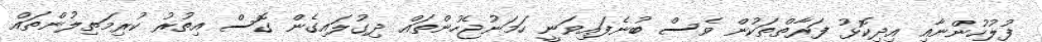
ފުލުހުންނާއި އިދިކޮޅު ފަރާތްތަކުން ވެސް ބުނެފައިވަނީ ހަމަނުޖެހުންތައް ދިގުލައިގެން ގޮސް އިތުރު ކުރިމަތިލުންތައް